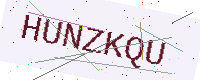
Text: HUNZKQU